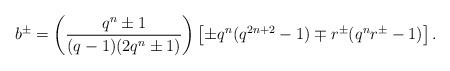
\begin{align*}b^\pm=\left(\frac{q^n\pm 1}{(q-1)(2q^n\pm 1)}\right)\left[ \pm q^n(q^{2n+2}-1)\mp r^\pm (q^nr^\pm-1)\right].\end{align*}